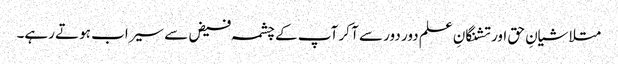
متلاشیانِ حق اور تشنگانِ علم دور دور سے آ کر آپ کے چشمہ فیض سے سیراب ہوتے رہے۔